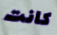
كانت